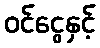
ဝင်ငွေနှင့်